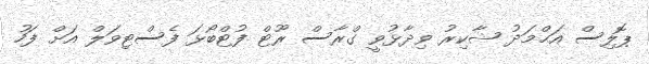
ޕޮލިސް އަޙްމަދު ޝާކިރު ވިދާޅުވީ ގްރާސް ރޫޓް ފުޓްބޯޅަ ފެސްޓިވަލް އަށް ފަހު